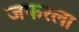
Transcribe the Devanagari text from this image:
जफरला